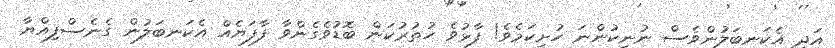
އަދި އެކަނބަލުންވެސް ނުނިކުންނަ ހުށިކަމެވެ! ފާޅުވެ ހުތުރުކަން ބޮޑުވެގެންވާ ފާފަޔެއް އެކަނބަލުން ގެނެސްފިއްޔާ